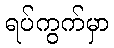
ရပ်ကွက်မှာ